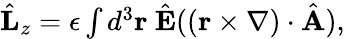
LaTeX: \begin{array}{r}{\hat{\mathbf L}_{z}=\epsilon\int d^{3}{\mathbf r}\ \hat{\mathbf E}(({\mathbf r}\times\nabla)\cdot\hat{\mathbf A}),}\end{array}